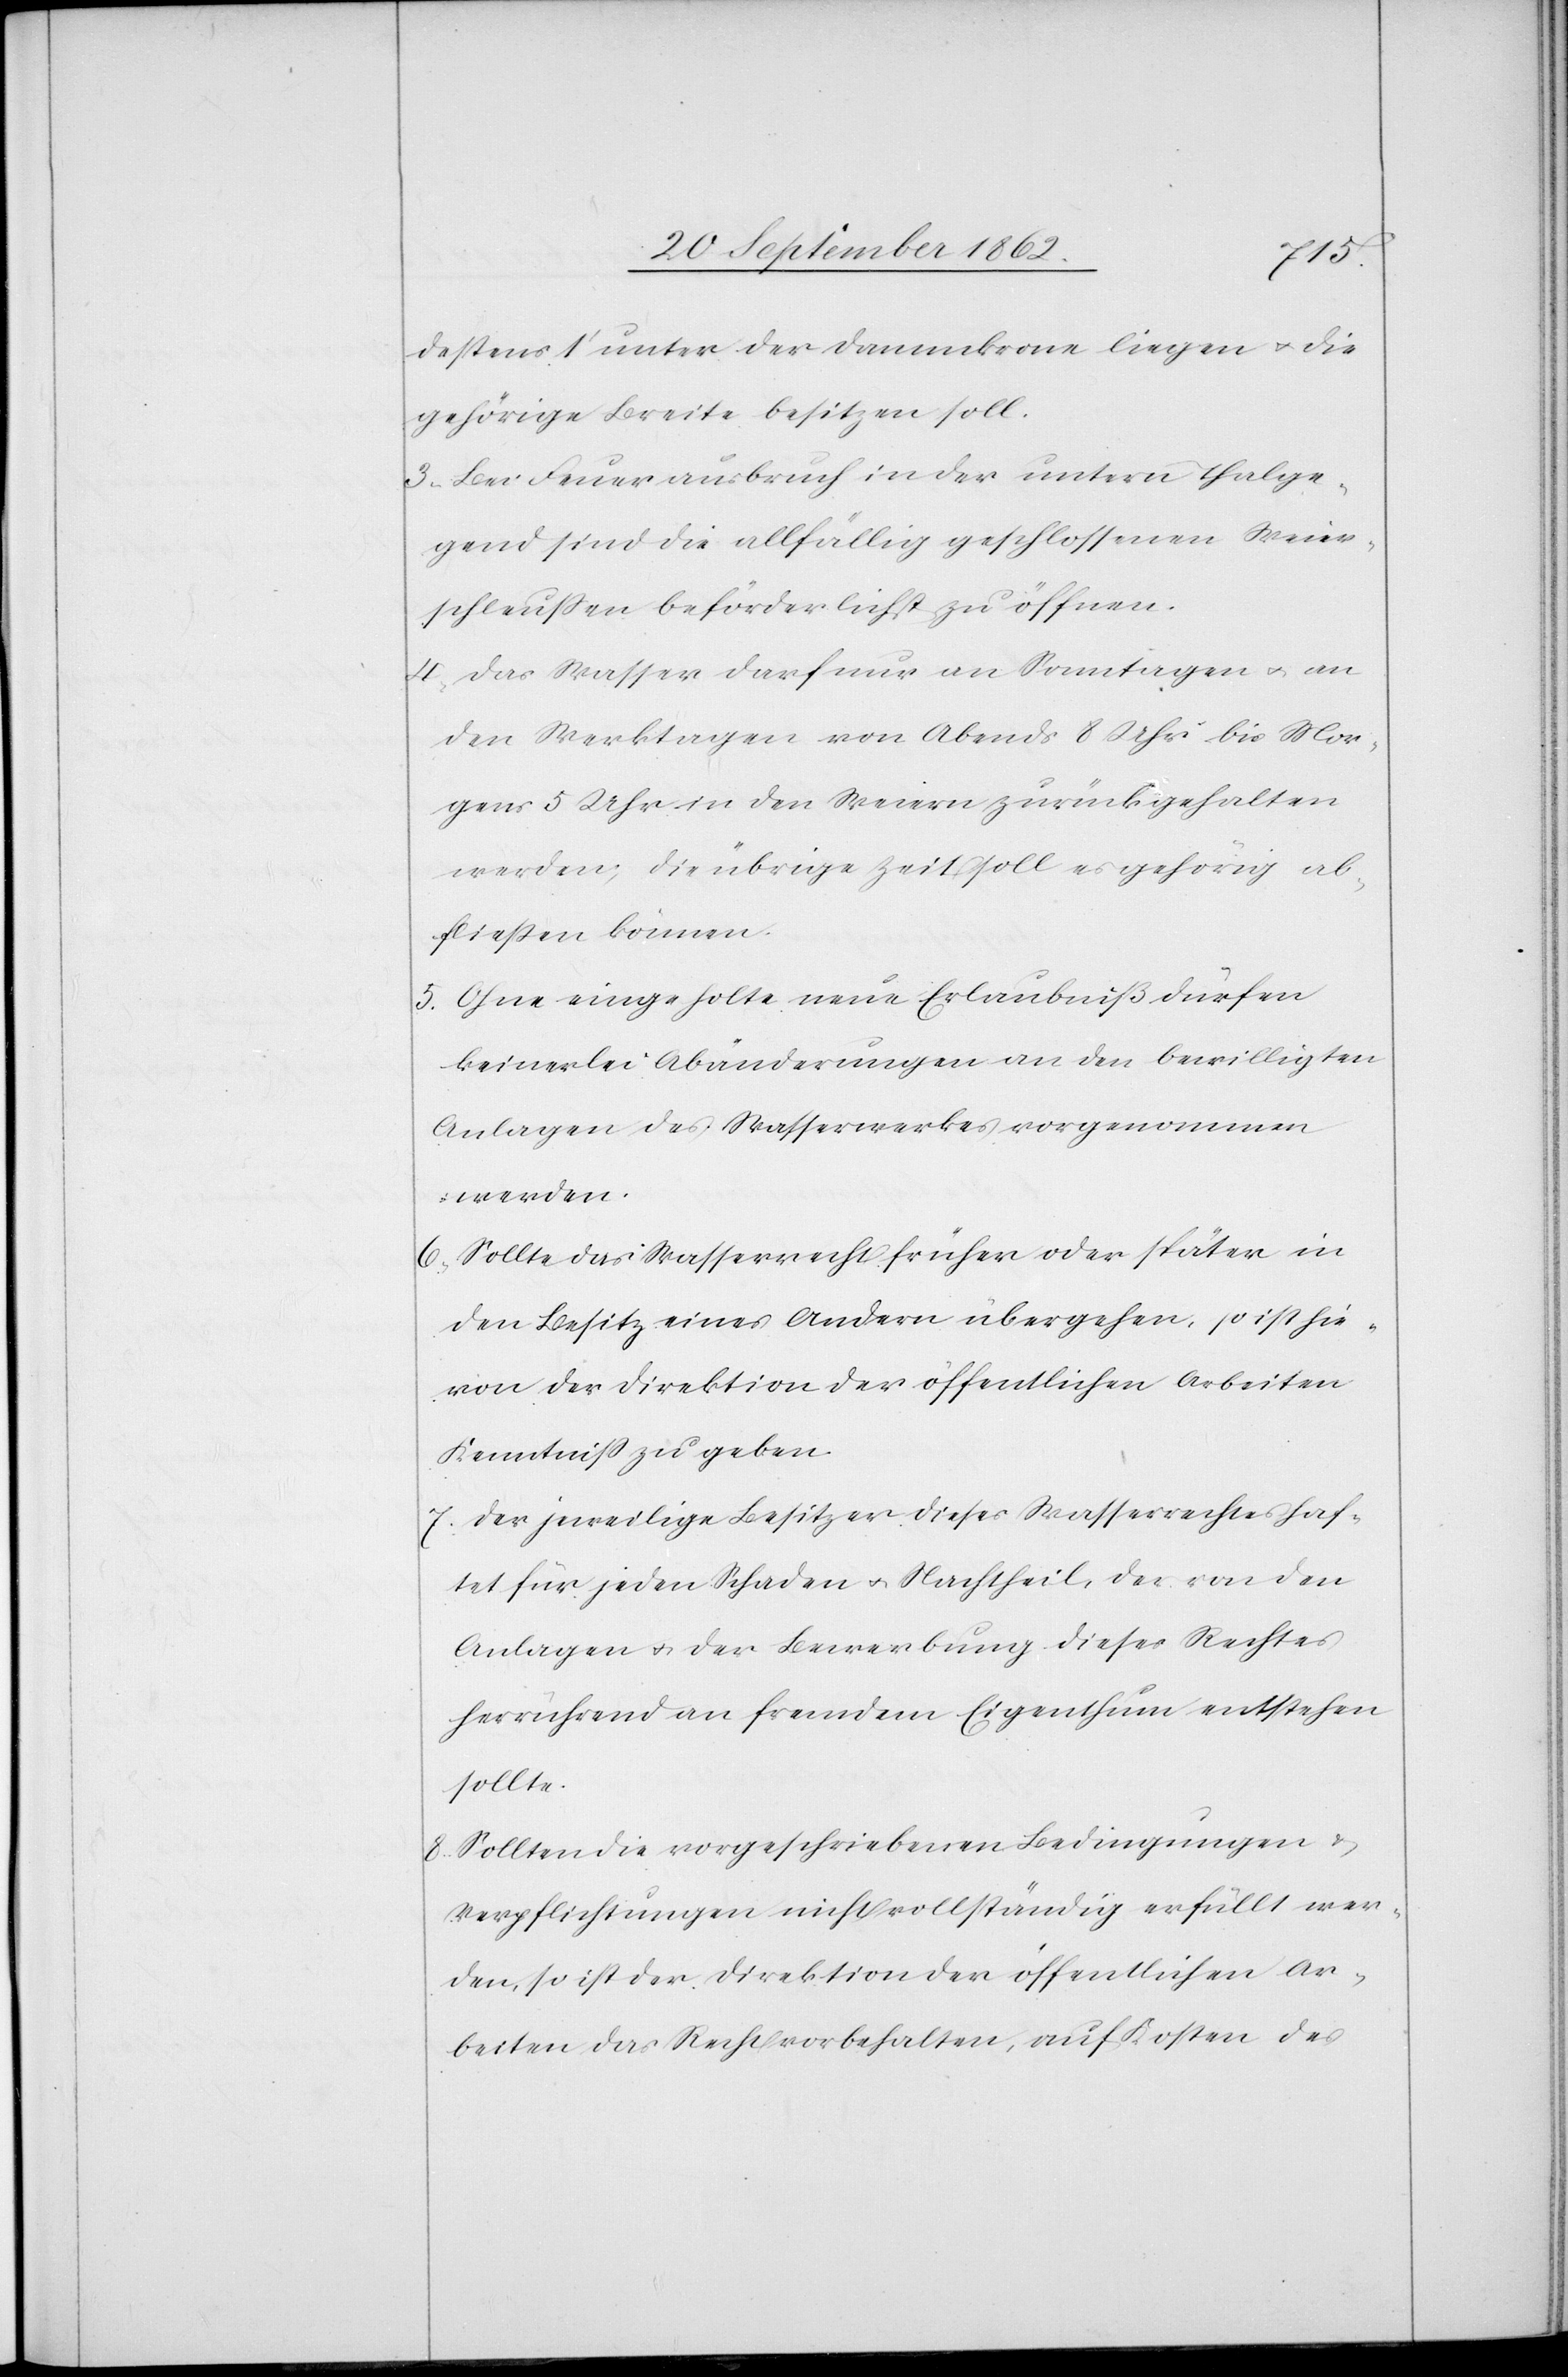
destens 1’ unter der Dammkrone liegen u. die
gehörige Breite besitzen soll.
3. Bei Feuerausbruch in der untern Thalge¬
gend sind die allfällig geschlossenen Weier¬
schleußen beförderlichst zu eröffnen.
4. Das Wasser darf nur an Sonntagen u. an
den Werktagen von Abends 8 Uhr bis Mor¬
gens 5 Uhr in den Weiern zurückgehalten
werden; die übrige Zeit soll es gehörig ab¬
fließen können.
5. Ohne eingeholte neuer Erlaubniß dürfen
keinerlei Abänderungen an den bewilligten
Anlagen des Wasserwerkes vorgenommen
werden.
6. Sollte das Wasserrecht früher oder später in
den Beitz eines Andern übergehen, so ist hie¬
von der Direktion der öffentlichen Arbeiten
Kenntniß zu geben.
7. Der jeweilige Besitzer dieses Wasserrechte haf¬
tet für jeden Schaden u. Nachtheil, der von den
Anlagen u. der Bewerbung dieses Rechtes
herrührend an fremdem Eigenthum entstehen
sollte.
8. Sollten die vorgeschriebenen Bedingungen u.
Verpflichtungen nicht vollständig erfüllt wer¬
den, so ist der Direktion der öffentlichen Ar¬
beiten das Recht vorbehalten, auf Kosten des